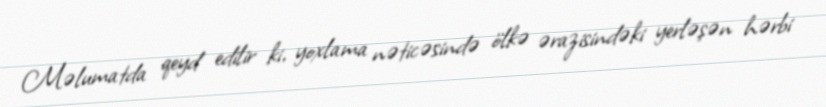
Məlumatda qeyd edilir ki, yoxlama nəticəsində ölkə ərazisindəki yerləşən hərbi